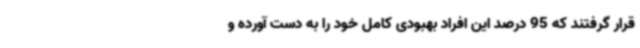
قرار گرفتند که 95 درصد این افراد بهبودی کامل خود را به دست آورده و